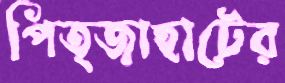
পিত্জাহাটের